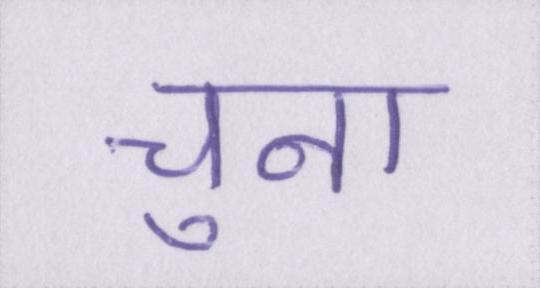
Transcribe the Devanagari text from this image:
चुना